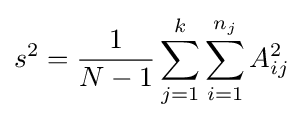
s^{2}={\frac {1}{N-1}}\sum _{j=1}^{k}\sum _{i=1}^{n_{j}}A_{ij}^{2}